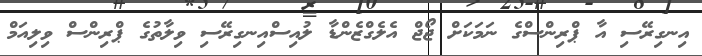
އިނގިރޭސި އާ ޕްރިންސްގެ ނަމަކަށް ޖޯޖް އެލެގްޒެންޑާ ލުއިސްއިނގިރޭސި ވިލާތުގެ ޕްރިންސް ވިލިއަމް